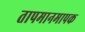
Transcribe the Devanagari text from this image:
तापमानमापक